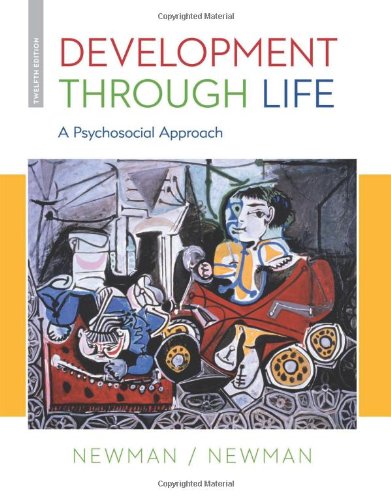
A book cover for Development Through Life: A Psychosocial Approach; Barbara M. Newman; Medical Books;